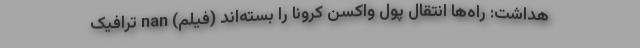
هداشت: راه‌ها انتقال پول واکسن کرونا را بسته‌اند (فیلم) nan ترافیک